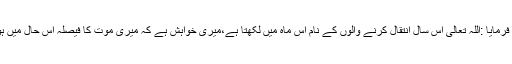
آپ صلى الله عليه وسلم نے فرمایا :اللہ تعالیٰ اس سال انتقال کرنے والوں کے نام اس ماہ میں لکھتا ہے،میری خواہش ہے کہ میری موت کا فیصلہ اس حال میں ہو کہ میں روزے سے ہوں۔